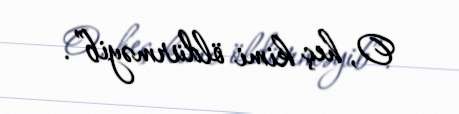
O, heç kimi öldürməyib”.